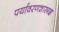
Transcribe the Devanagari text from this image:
पर्यावरणशास्त्रज्ञ